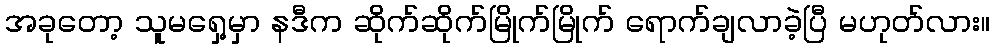
အခုတော့ သူမရှေ့မှာ နဒီက ဆိုက်ဆိုက်မြိုက်မြိုက် ရောက်ချလာခဲ့ပြီ မဟုတ်လား။